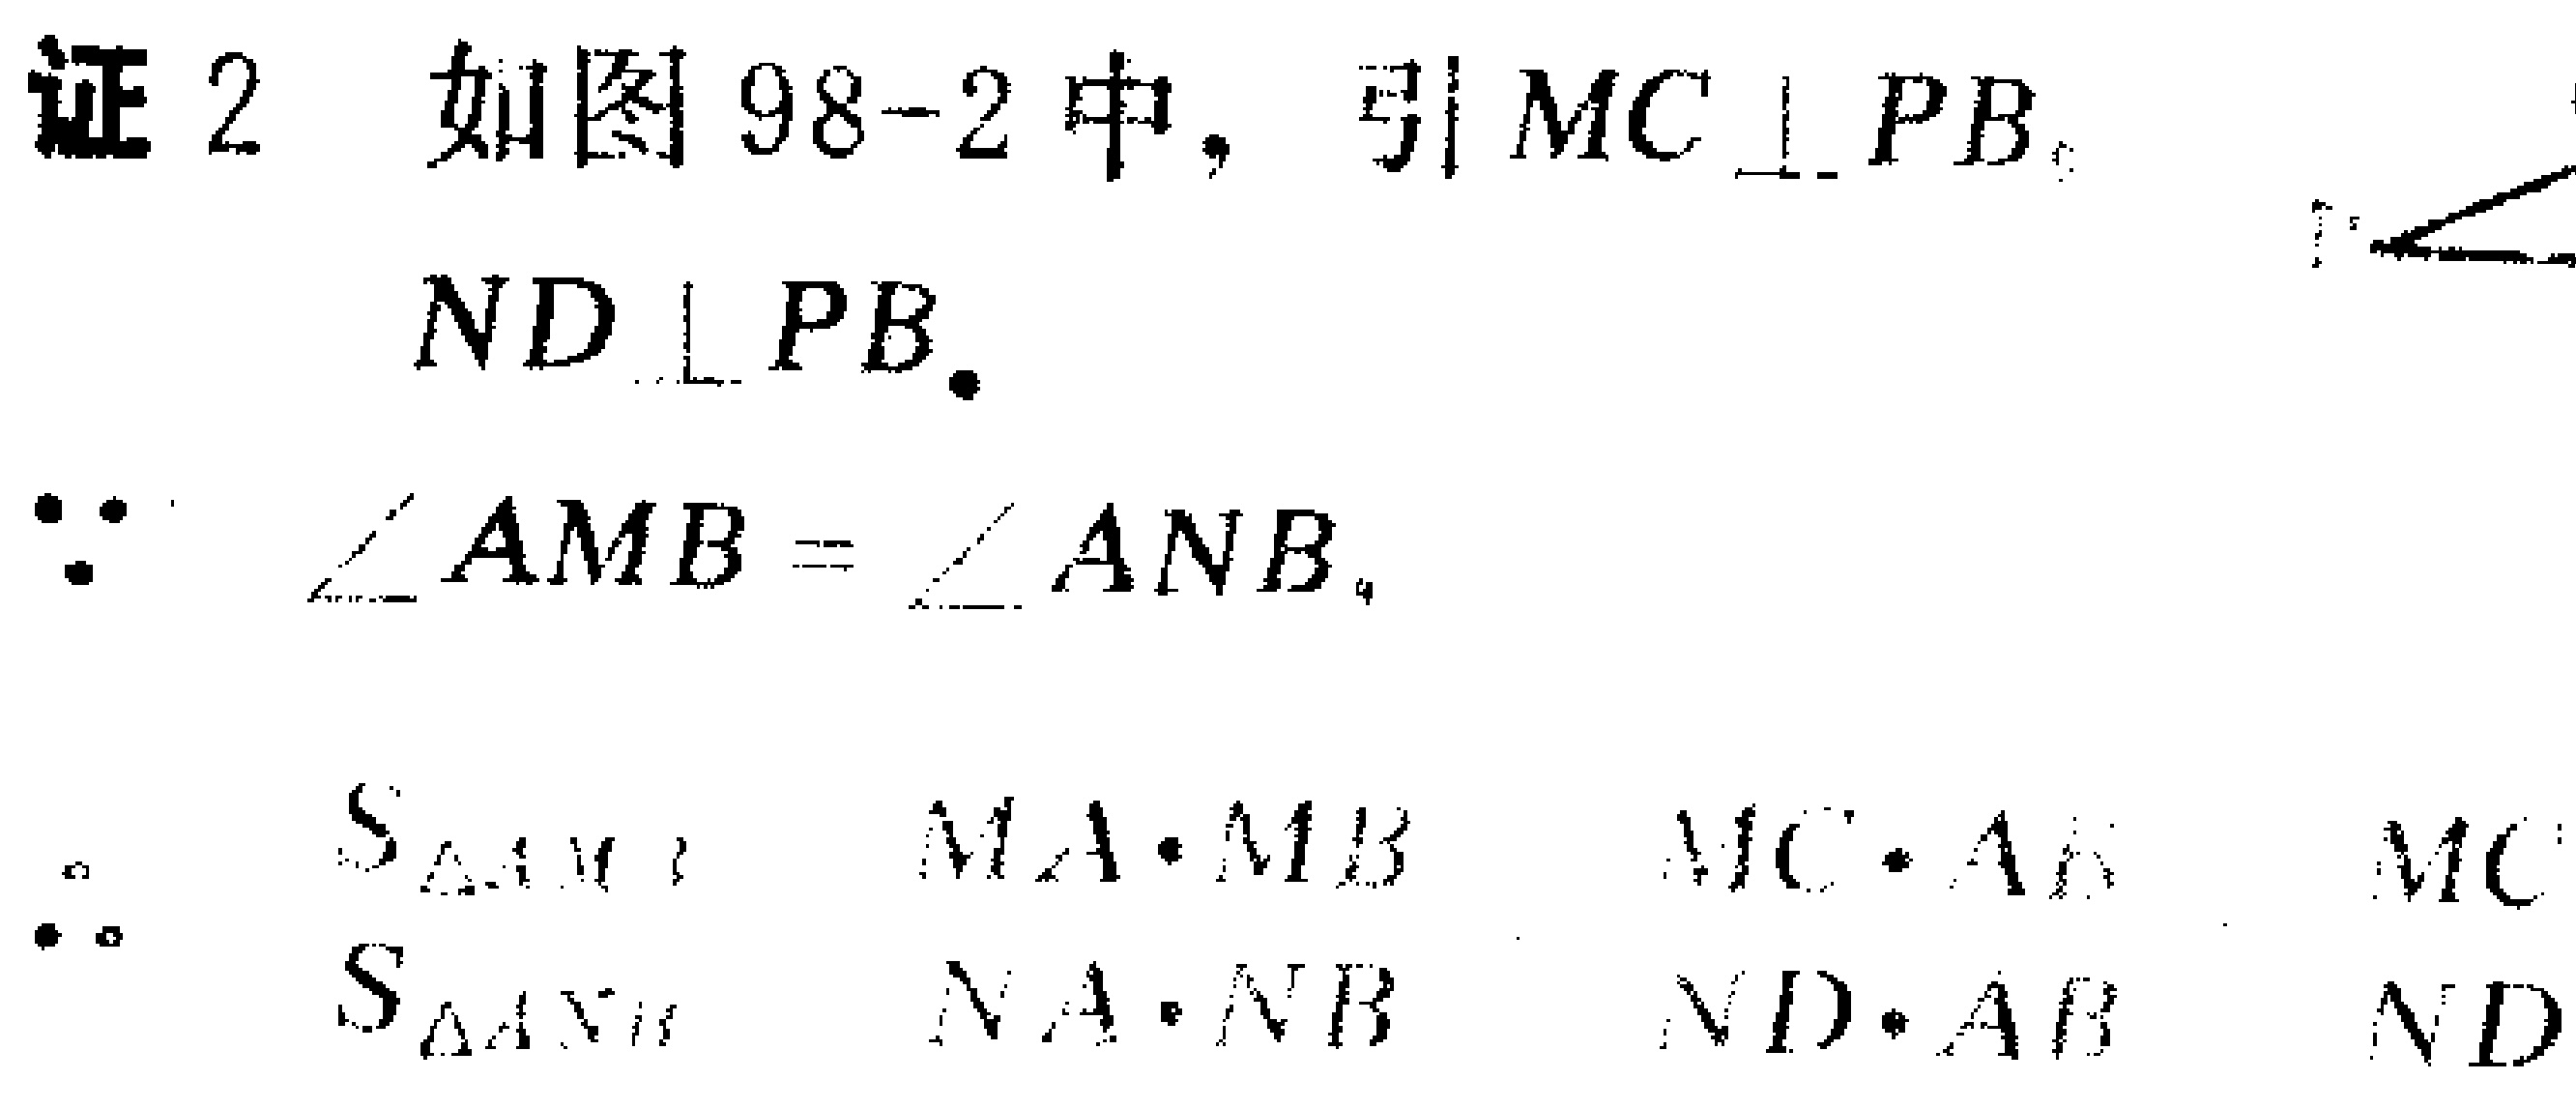
平行四边形的等积变形